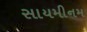
સાયમીનમ